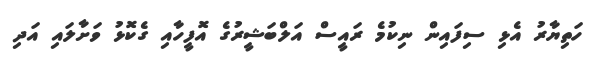
ހަތިޔާރު އެޅި ސިފައިން ނިކުމެ ރައީސް އަލްބަޝީރުގެ އޮފީހާއި ގެކޮޅު ވަށާލައި އަދި